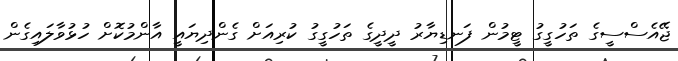
ޖޭއެސްސީގެ ތަހުގީގު ޓީމުން ފަނޑިޔާރު ދީދީގެ ތަހުގީގު ކުރިއަށް ގެންދިޔައީ އާންމުކޮށް ހުޅުވާލައިގެން